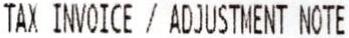
TAX INVOICE / ADJUSTMENT NOTE